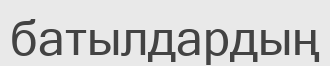
батылдардың